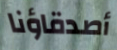
أصدقاؤنا